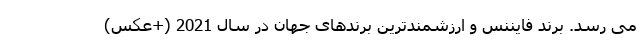
می رسد. برند فایننس و ارزشمندترین برندهای جهان در سال 2021 (+عکس)